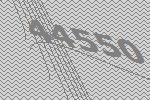
44550